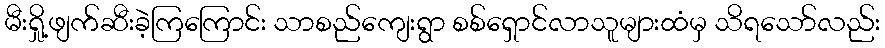
မီးရှို့ဖျက်ဆီးခဲ့ကြကြောင်း သာစည်ကျေးရွာ စစ်ရှောင်လာသူများထံမှ သိရသော်လည်း